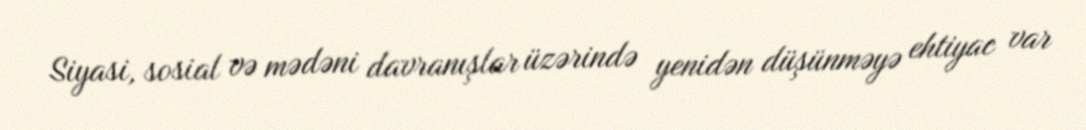
Siyasi, sosial və mədəni davranışlar üzərində yenidən düşünməyə ehtiyac var